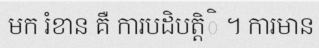
មក រំខាន គឺ ការបដិបត្តិិ ។ ការមាន